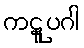
ကဋူပဂါ